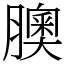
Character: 䐿